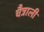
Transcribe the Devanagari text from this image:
चैत्राली